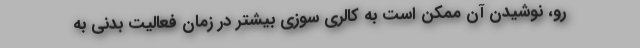
رو، نوشیدن آن ممکن است به کالری سوزی بیشتر در زمان فعالیت بدنی به